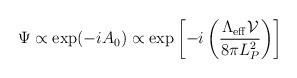
LaTeX: \begin{align*}\Psi\propto \exp(-iA_0) \propto \exp\left[ -i\left({\Lambda_{\rm eff}{\mathcal V}\over 8 \pi L_P^2}\right)\right]\end{align*}